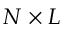
N \times L